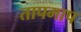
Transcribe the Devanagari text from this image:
तापमाप